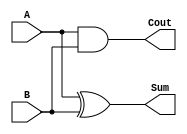
`timescale 1ns / 1ps

module Half_Adder(
		output Sum,
		output Cout,
		input A,
		input B
    );

	xor (Sum , A , B);
	and (Cout , A , B);

endmodule